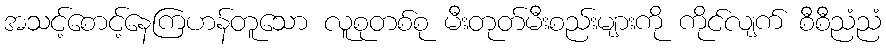
အသင့်စောင့်နေကြဟန်တူသော လူစုတစ်စု မီးတုတ်မီးစည်းများကို ကိုင်လျက် စီစီညံညံ